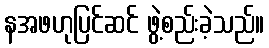
နအဖဟုပြင်ဆင် ဖွဲ့စည်းခဲ့သည်။